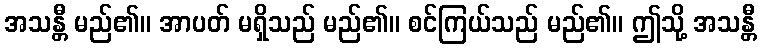
အသန္တီ မည်၏။ အာပတ် မရှိသည် မည်၏။ စင်ကြယ်သည် မည်၏။ ဤသို့ အသန္တီ